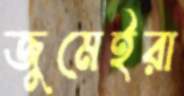
জুমেইরা